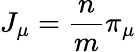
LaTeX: J_{\mu}=\frac{n}{m}\pi_{\mu}